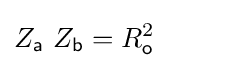
Z_{\mathsf {a}}\ Z_{\mathsf {b}}=R_{\mathsf {o}}^{2}\qquad \;